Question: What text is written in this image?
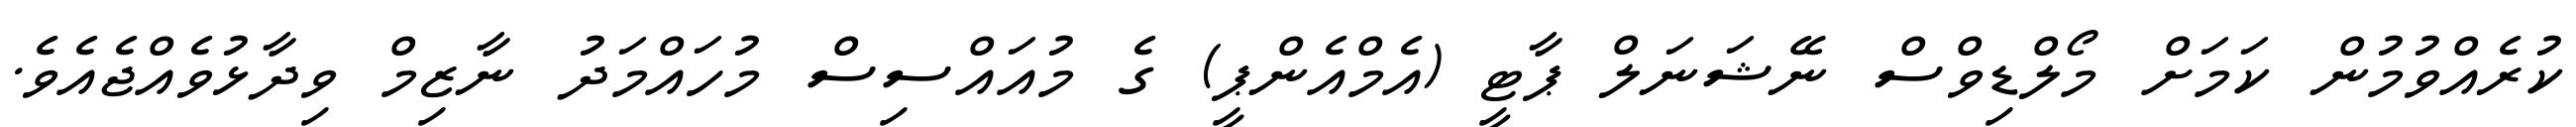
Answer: ކުރެއްވުމުން ކަމަށް މޯލްޑިވްސް ނޭޝަނަލް ޕާޓީ (އެމްއެންޕީ) ގެ މުއައްސިސް މުހައްމަދު ނާޒިމް ވިދާޅުވެއްޖެއެވެ.